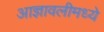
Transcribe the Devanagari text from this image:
आज्ञावलीमध्ये